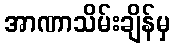
အာဏာသိမ်းချိန်မှ